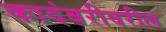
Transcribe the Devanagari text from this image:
कादंबरीवरील